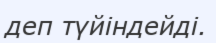
деп түйіндейді.